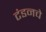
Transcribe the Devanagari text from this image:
टंडनचे